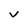
Character: V